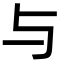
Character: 与